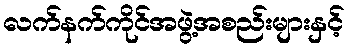
လက်နက်ကိုင်အဖွဲ့အစည်းများနှင့်